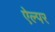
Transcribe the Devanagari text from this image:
ऐल्पर